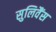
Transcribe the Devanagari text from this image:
सुलिवैंस